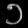
Digit: ၁